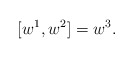
\begin{align*} [w^1,w^2]=w^3.\end{align*}